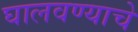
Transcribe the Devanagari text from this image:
घालवण्याचे